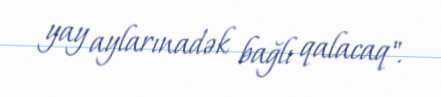
yay aylarınadək bağlı qalacaq".